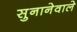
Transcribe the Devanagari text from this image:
सुनानेवाले